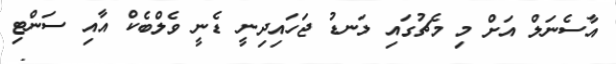
އާސެނަލް އަށް މި މެޗުގައި ލަނޑު ޖަހައިދިނީ ޑެނީ ވެލްބެކް އާއި ސަންޓި